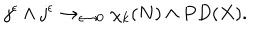
LaTeX: j ^ { \epsilon } \wedge j ^ { \epsilon } \rightarrow _ { \epsilon \rightarrow 0 } \chi _ { k } ( N ) \wedge P D ( X ) .